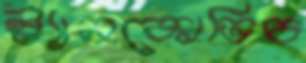
স্ট্যানকোভিচ